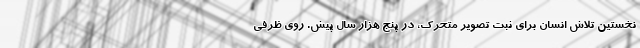
نخستین تلاش انسان برای ثبت تصویر متحرک، در پنج هزار سال پیش. روی ظرفی